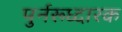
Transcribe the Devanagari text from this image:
पुर्नरूध्दारक